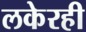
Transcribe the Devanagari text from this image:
लकेरही